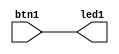
// This program was cloned from: https://github.com/johnwinans/Verilog-Examples
// License: GNU General Public License v3.0

//**************************************************************************
//
//    Copyright (C) 2020  John Winans
//
//    This library is free software; you can redistribute it and/or
//    modify it under the terms of the GNU Lesser General Public
//    License as published by the Free Software Foundation; either
//    version 2.1 of the License, or (at your option) any later version.
//
//    This library is distributed in the hope that it will be useful,
//    but WITHOUT ANY WARRANTY; without even the implied warranty of
//    MERCHANTABILITY or FITNESS FOR A PARTICULAR PURPOSE.  See the GNU
//    Lesser General Public License for more details.
//
//    You should have received a copy of the GNU Lesser General Public
//    License along with this library; if not, write to the Free Software
//    Foundation, Inc., 51 Franklin Street, Fifth Floor, Boston, MA  02110-1301
//    USA
//
//**************************************************************************


`default_nettype none



/**
* This will connect btn1 to an led.
**************************************************************************/
module top (
    input wire btn1,        // a single-bit input signal called btn1
    output wire led1        // a single-bit output signal called led1
    );

    assign led1 = btn1;     // connect the btn1 input to the led1 output

endmodule